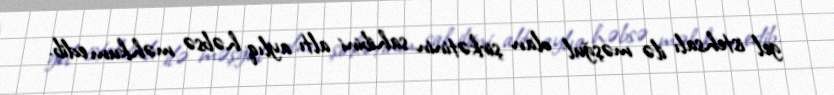
gel istehsalı ilə məşğul olan şirkətinin sahibini altı aylıq həbsə məhkum edib.